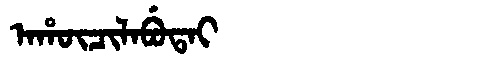
Manchu: ᠠᡥᡡᠴᡳᠯᠠᠪᡠᡨᠠᡳ
Romanization: AHŪCILABUTAI